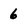
Character: 6